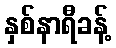
နှစ်နာရီခန့်